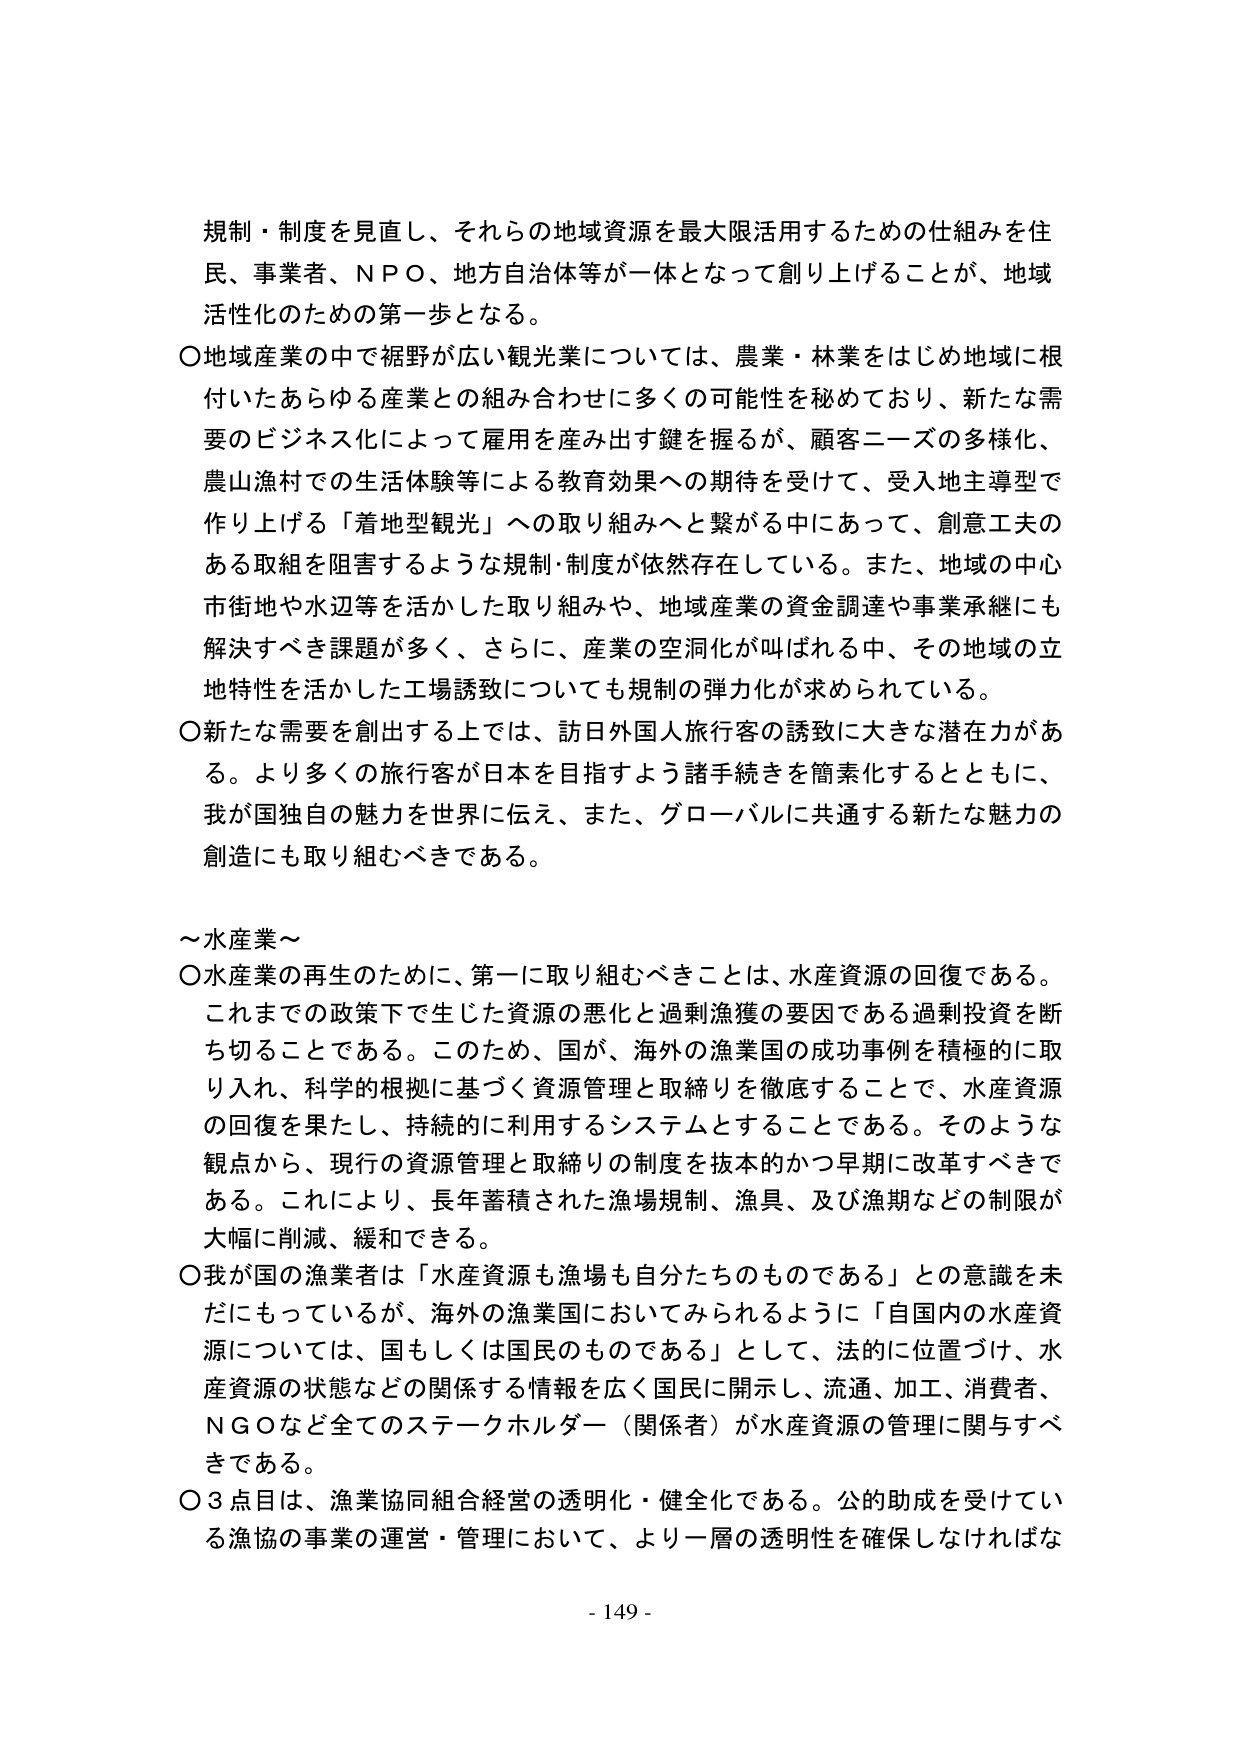
規制・制度を見直し、それらの地域資源を最大限活用するための仕組みを住民、事業者、ＮＰＯ、地方自治体等が一体となって創り上げることが、地域活性化のための第一歩となる。

〇地域産業の中で裾野が広い観光業については、農業・林業をはじめ地域に根付いたあらゆる産業との組み合わせに多くの可能性を秘めており、新たな需要のビジネス化によって雇用を産み出す鍵を握るが、顧客ニーズの多様化、農山漁村での生活体験等による教育効果への期待を受けて、受入地主導型で作り上げる「着地型観光」への取り組みへと繋がる中にあって、創意工夫のある取組を阻害するような規制・制度が依然存在している。また、地域の中心市街地や水辺等を活かした取り組みや、地域産業の資金調達や事業承継にも解決すべき課題が多く、さらに、産業の空洞化が叫ばれる中、その地域の立地特性を活かした工場誘致についても規制の弾力化が求められている。

〇新たな需要を創出する上では、訪日外国人旅行客の誘致に大きな潜在力がある。より多くの旅行客が日本を目指すよう諸手続きを簡素化するとともに、我が国独自の魅力を世界に伝え、また、グローバルに共通する新たな魅力の創造にも取り組むべきである。

～水産業～

〇水産業の再生のために、第一に取り組むべきことは、水産資源の回復である。これまでの政策下で生じた資源の悪化と過剰漁獲の悪因である過剰投資を断ち切ることである。このため、国が、海外の漁業国の成功事例を積極的に取り入れ、科学的根拠に基づく資源管理と取締りを徹底することで、水産資源の回復を果たし、持続的に利用するシステムとすることである。そのような観点から、現行の資源管理と取締りの制度を抜本的かつ早期に改革すべきである。これにより、長年蓄積された漁場規制、漁具、及び漁期などの制限が大幅に削減、緩和できる。

〇我が国の漁業者は「水産資源も漁場も自分たちのものである」との意識を未だにもっているが、海外の漁業国においてみられるように「自国内の水産資源については、国もしくは国民のものである」として、法的に位置づけ、水産資源の状態などの関係する情報を広く国民に開示し、流通、加工、消費者、ＮＧＯなど全てのステークホルダー（関係者）が水産資源の管理に関与すべきである。

〇３点目は、漁業協同組合経営の透明化・健全化である。公的助成を受けている漁協の事業の運営・管理において、より一層の透明性を確保しなければな

- 149 -